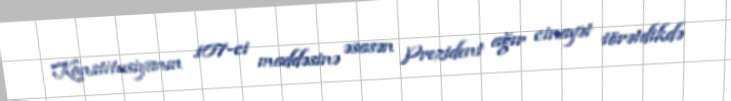
Konstitusiyanın 107-ci maddəsinə əsasən Prezident ağır cinayət törətdikdə